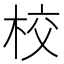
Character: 校